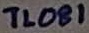
Text: TL081